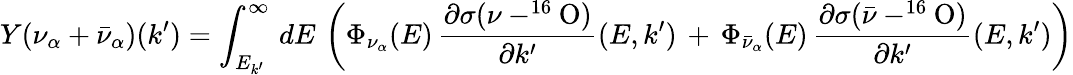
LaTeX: Y(\nu_{\alpha}+\bar{\nu}_{\alpha})(k^{\prime})=\int_{E_{k^{\prime}}}^{\infty}\, dE\, \left(\Phi_{\nu_{\alpha}}(E)\, \frac{{\partial\sigma}(\nu-^{16}\mathrm{O})}{\partial k^{\prime}}(E,k^{\prime})\, +\, \Phi_{\bar{\nu}_{\alpha}}(E)\, \frac{{\partial\sigma}(\bar{\nu}-^{16}\mathrm{O})}{\partial k^{\prime}}(E,k^{\prime})\right)